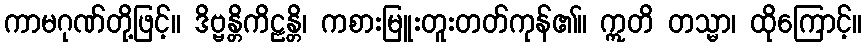
ကာမဂုဏ်တို့ဖြင့်။ ဒိဗ္ဗန္တိကိဠန္တိ၊ ကစားမြူးတူးတတ်ကုန်၏။ ဣတိ တသ္မာ၊ ထိုကြောင့်။